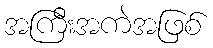
အကြီးအကဲအဖြစ်